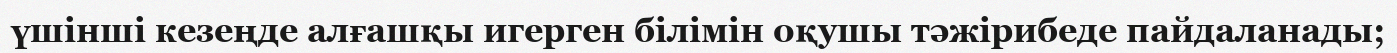
үшінші кезеңде алғашқы игерген білімін оқушы тәжірибеде пайдаланады;